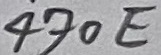
Text: 470E